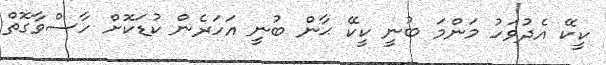
ކީކޭ އެދުވަހު މަންމަ ބުނީ ކީކޭ ޙާން ބުނީ އަހަރެން ކުޑަކޮށް ހާސްވާގޮތް